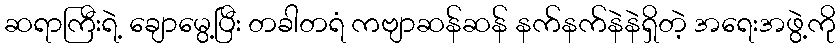
ဆရာကြီးရဲ့ ချောမွေ့ပြီး တခါတရံ ကဗျာဆန်ဆန် နက်နက်နဲနဲရှိတဲ့ အရေးအဖွဲ့ကို